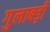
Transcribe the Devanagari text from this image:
गुलाबड़ी